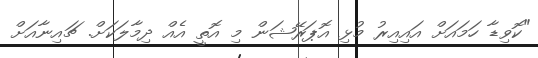
"ކޮވިޑާ ހަމައަށް އައިއިރު މުޅި އޮޕަރޭޝަން މި އޮތީ އެއް ދިމާލަކަށް. ޗައިނާއަށް